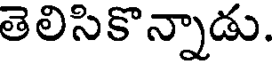
తెలిసికొన్నాడు.